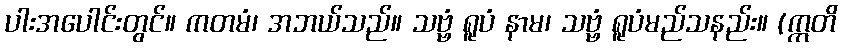
ပါးအပေါင်းတွင်။ ကတမံ၊ အဘယ်သည်။ သဗ္ဗံ ရူပံ နာမ၊ သဗ္ဗံ ရူပံမည်သနည်း။ (ဣတိ